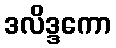
ဒလိဒ္ဒကော